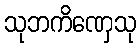
သုဘကိဏှေသု